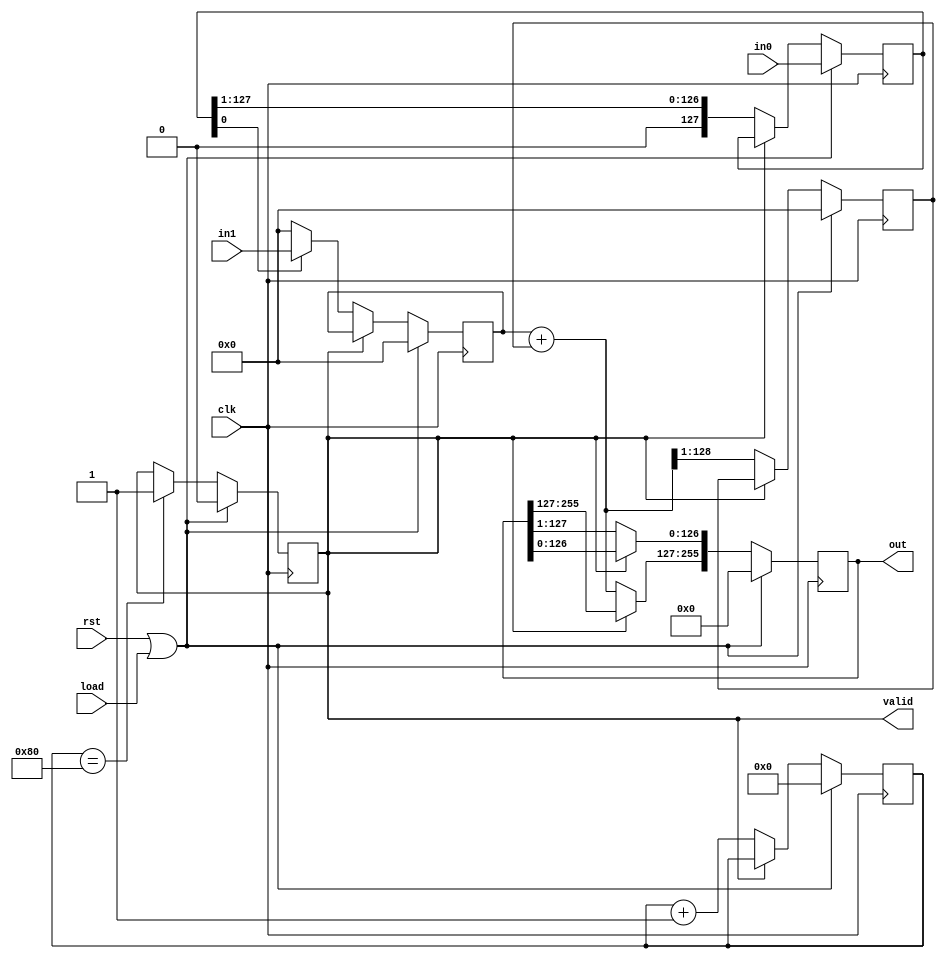
`timescale 1ns / 1ps
//////////////////////////////////////////////////////////////////////////////////
// Company: Ozyegin University
// 
// Design Name: 
// Module Name:    generic_multiplier 
// Project Name: 
// Target Devices: 
// Tool versions: 
// Description: 
//
// Dependencies: 
//
// Revision: 
// Revision 0.01 - File Created
// Additional Comments: 
//


// shift and add sync. multiplier that uses shift registers and 128-bit adder
// we can implement 128-bit adder instead of 256-bit adder( at the normal case) if we locate
// what output bits are corresponding to the current addition operation
// the final result will appear after 128 clock cycle making the valid signal HIGH

module generic_multiplier(load,clk,rst,in0,in1,out,valid);
parameter WIDTH = 128;
input clk,rst,load;
input [WIDTH -1:0] in0,in1;
output reg [WIDTH*2 -1 :0] out;
reg [WIDTH*2 -1:0] outNxt;
output reg valid;
reg validNxt;
reg [7:0] cnt,cntNxt;
reg [WIDTH -1:0] in0_shiftRegNxt,in0_shiftReg;
wire [WIDTH :0] sum;
reg [WIDTH -1:0] A_add,B_add,A_addNxt,B_addNxt;

assign sum =  A_add + B_add;

always@(posedge clk)begin
	A_add <=  #1 A_addNxt;
	B_add <=  #1 B_addNxt;
	cnt <=  #1 cntNxt;
	out <=  #1 outNxt;
	in0_shiftReg <= #1 in0_shiftRegNxt;
	valid <= #1 validNxt;
end

always@(*)begin
		
	A_addNxt = A_add;
	outNxt = out;
	cntNxt = cnt;
	B_addNxt = B_add;
	validNxt = valid;
	in0_shiftRegNxt = in0_shiftReg;	
	if(rst || load )begin
		in0_shiftRegNxt = in0;
		B_addNxt = 0;
		outNxt = 0;
		validNxt = 0;
		cntNxt = 0;
		A_addNxt = 0;
	end else begin

		if(!valid) begin
			A_addNxt = in0_shiftReg[0] ? in1:0;
			in0_shiftRegNxt = in0_shiftReg >> 1;
			cntNxt = cnt + 1;
			outNxt = out >> 1;
			outNxt[WIDTH*2 - 1 :WIDTH -1 ] = sum;
			B_addNxt = outNxt[WIDTH*2 - 1:WIDTH];
		end	
		if(cnt == WIDTH) begin
			validNxt = 1;
		end	
			
	end	
end

endmodule